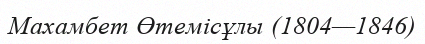
Махамбет Өтемісұлы (1804—1846)